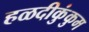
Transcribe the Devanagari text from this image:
हळदीकुंकुम